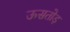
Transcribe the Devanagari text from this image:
ऊसतोड़